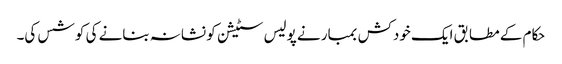
حکام کے مطابق ایک خودکش بمبار نے پولیس سٹیشن کو نشانہ بنانے کی کوشس کی۔